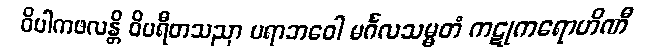
ဝိပါကဖလန္တိ ဝိပရီတသညာ ပရာဘဝေါ မင်္ဂလသမ္မတံ ကဋုကရောဟိဏီ